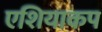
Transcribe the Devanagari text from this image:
एशियाकप